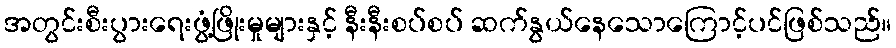
အတွင်းစီးပွားရေးဖွံ့ဖြိုးမှုများနှင့် နီးနီးစပ်စပ် ဆက်နွယ်နေသောကြောင့်ပင်ဖြစ်သည်။